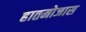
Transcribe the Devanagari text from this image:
हातमोजास